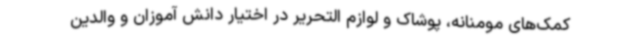
کمک‌های مومنانه، پوشاک و لوازم التحریر در اختیار دانش آموزان و والدین